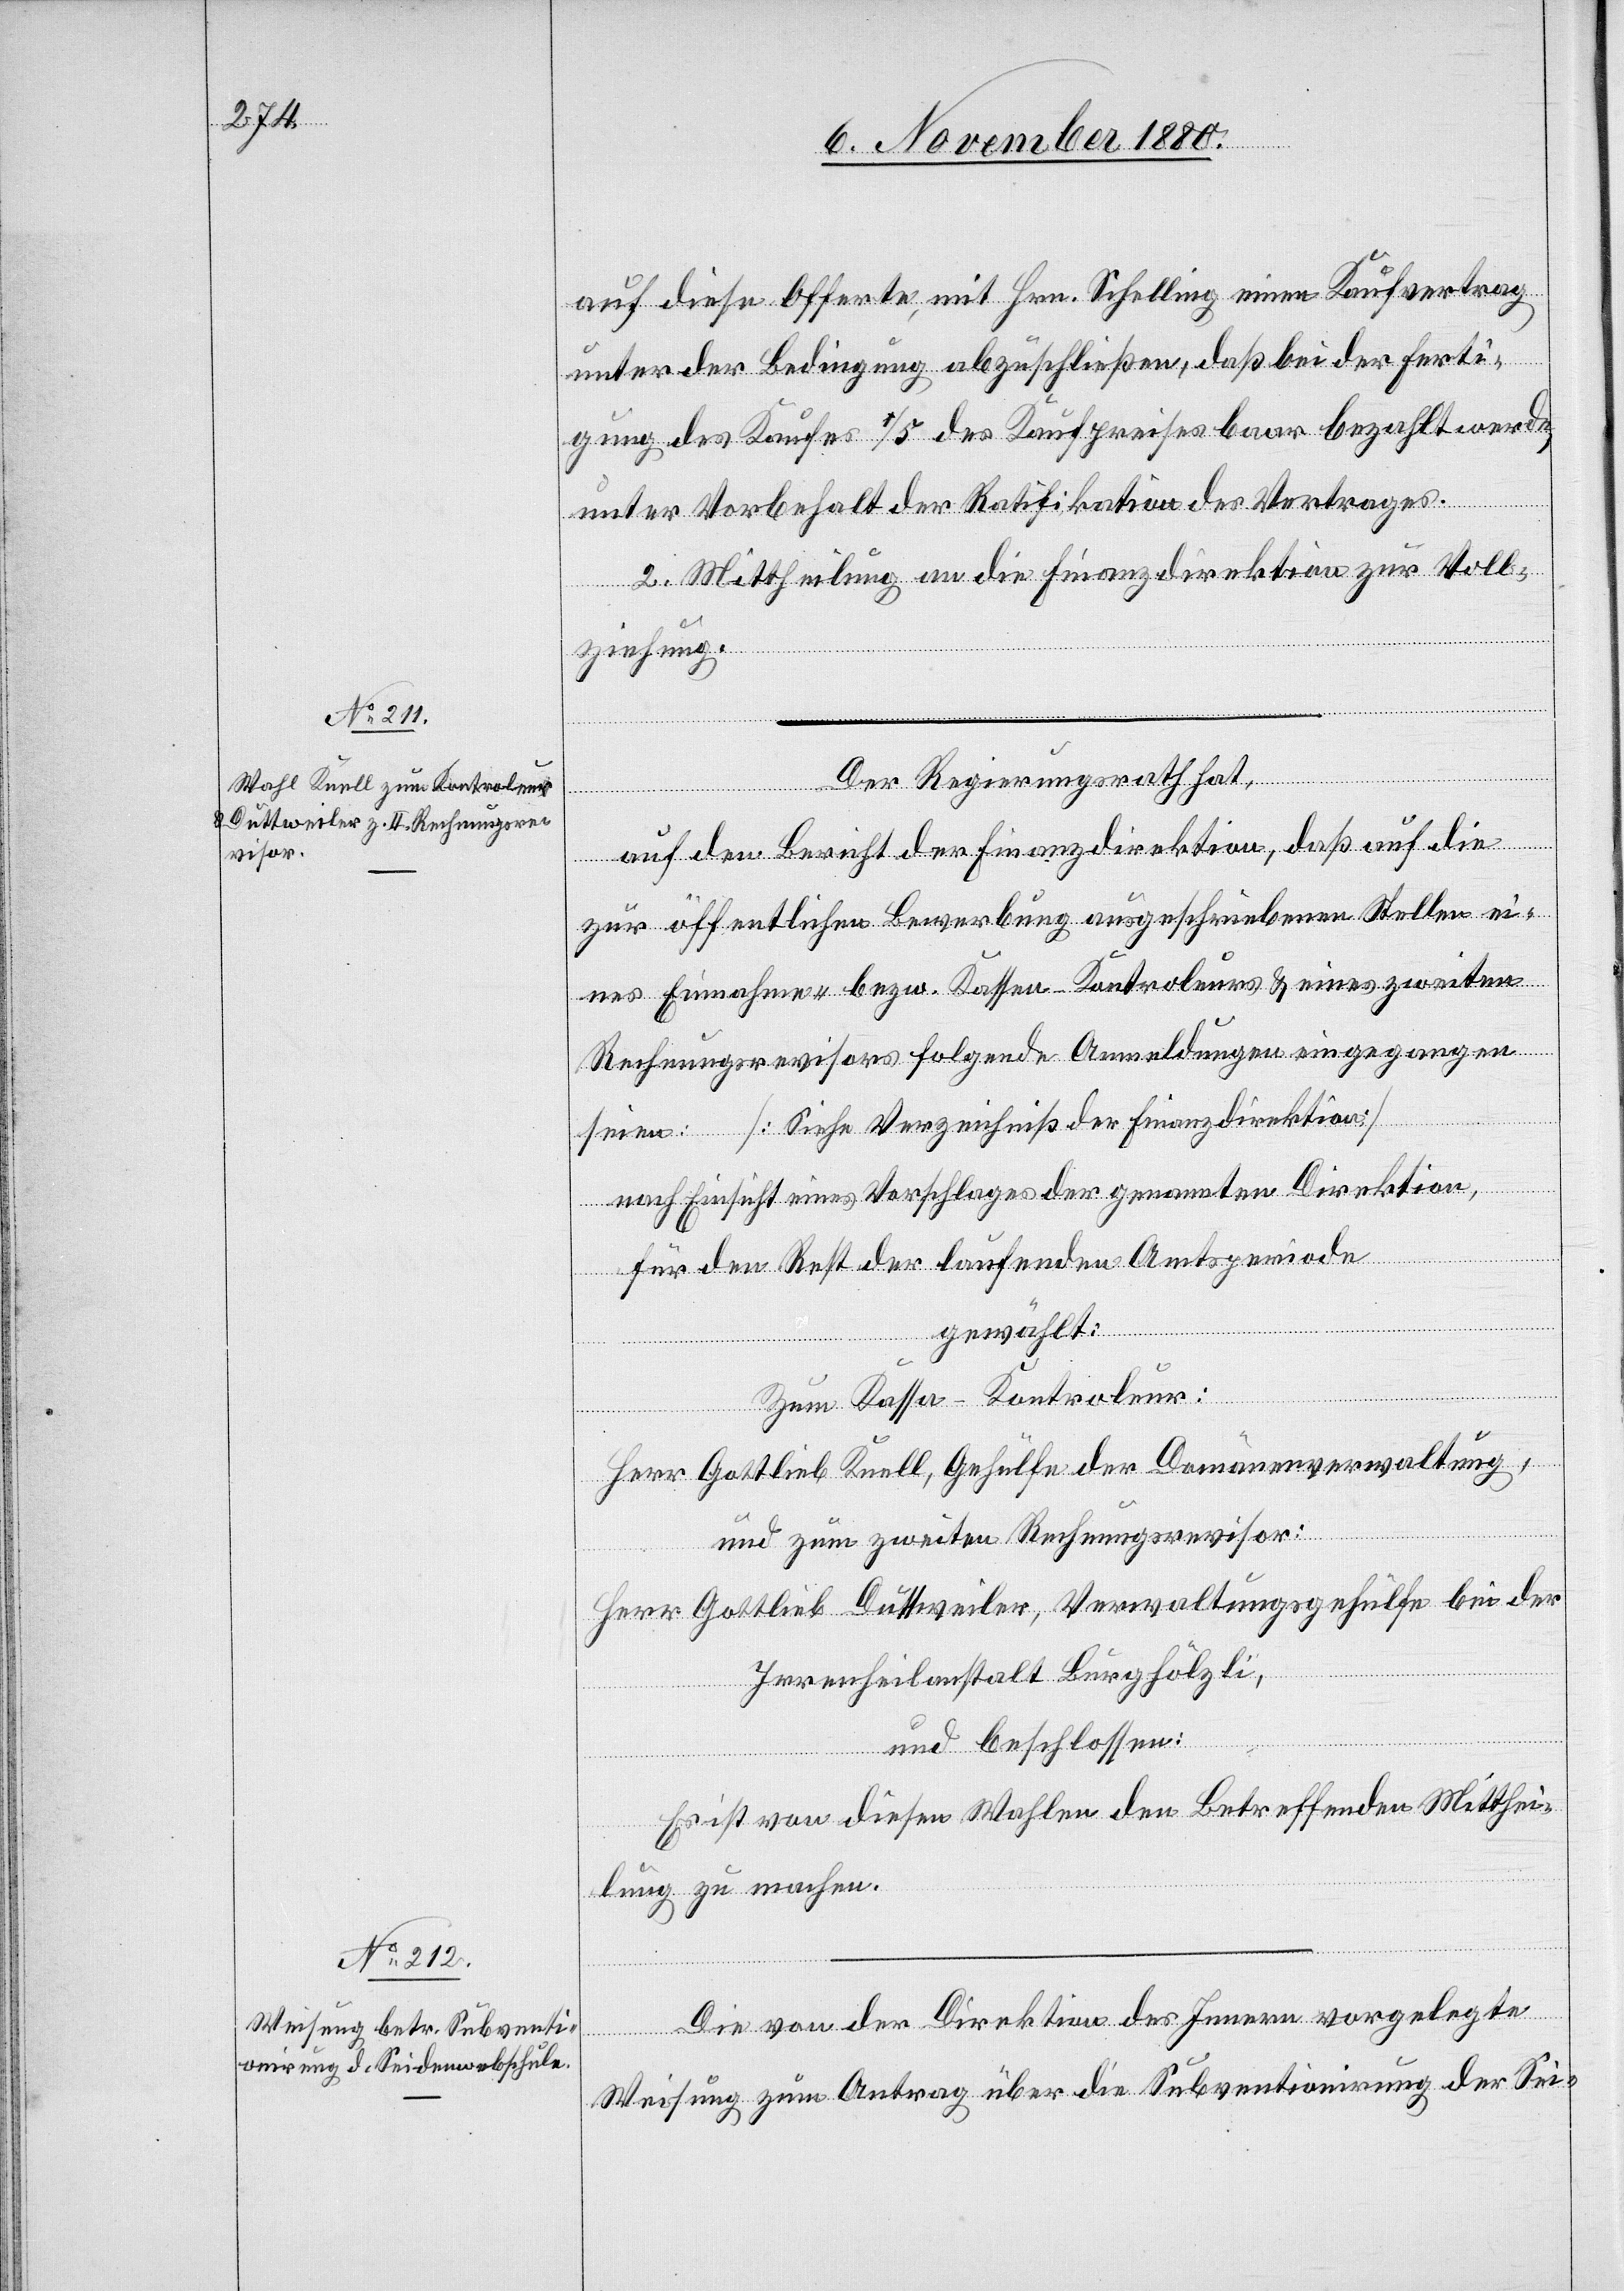
auf diese Offerte, mit Hrn. Schelling einen Kaufvertrag
unter der Bedingung abzuschließen, daß bei der Ferti¬
gung des Kaufes 1/5 des Kaufpreises baar bezahlt wurde,
unter Vorbehalt der Ratifikation des Vertrages.
2. Mittheilung an die Finanzdirektion zur Voll¬
ziehung.
Der Regierungsrath hat,
auf den Bericht der Finanzdirektion, daß auf die
zur öffentlichen Bewerbung ausgeschriebene Stelle ei¬
nes einnahme- bezw. Kassen-Kontroleurs & eines zweiten
Rechnungsrevisors folgende Anmeldungen eingegangen
seien: [Siehe Verzeichniß der Finanzdirektion]
nach Einsicht eines Vorschlages der genannten Direktion,
für den Rest der laufenden Amtsperiode
gewählt:
Zum Kassa Kontroleur:
Herr Gottlieb Knell, Gehülfe der Domäneverwaltung,
und zum zweiten Rechnungsrevisor:
Herr Gottlieb Duttweiler, Verwaltungsgehülfe bei der
Irrenheilanstalt Burghölzli,
und beschlossen:
Es ist von diesen Wahlen den Betreffenden Mitthei¬
lung zu machen.
Die von der Direktion des Innern vorgelegte
Weisung zum Antrag über die Subventionirung der Sei-